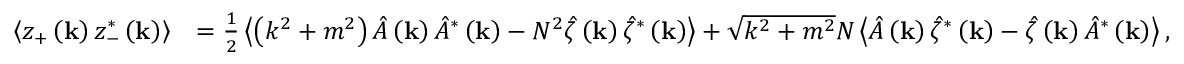
\begin{array} { r l } { \left\langle z _ { + } \left( \mathbf { k } \right) z _ { - } ^ { * } \left( \mathbf { k } \right) \right\rangle } & { = \frac { 1 } { 2 } \left\langle \left( k ^ { 2 } + m ^ { 2 } \right) \hat { A } \left( \mathbf { k } \right) \hat { A } ^ { * } \left( \mathbf { k } \right) - N ^ { 2 } \hat { \zeta } \left( \mathbf { k } \right) \hat { \zeta } ^ { * } \left( \mathbf { k } \right) \right\rangle + \sqrt { k ^ { 2 } + m ^ { 2 } } N \left\langle \hat { A } \left( \mathbf { k } \right) \hat { \zeta } ^ { * } \left( \mathbf { k } \right) - \hat { \zeta } \left( \mathbf { k } \right) \hat { A } ^ { * } \left( \mathbf { k } \right) \right\rangle , } \end{array}